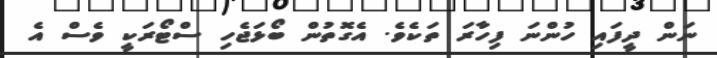
ނަން ދީފައި ހުންނަ ފިހާރަ ތަކެވެ. އެގޮތުން ބޯޅަޖެހި ސްޓޯރަކީ ވެސް އެ